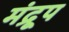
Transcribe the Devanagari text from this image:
मंद्रूप